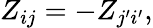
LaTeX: Z_{ij}=-Z_{j{'}i{'}},